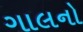
ગાલનો